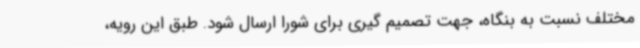
مختلف نسبت به بنگاه، جهت تصمیم گیری برای شورا ارسال شود. طبق این رویه،